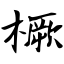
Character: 橛